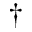
\dagger